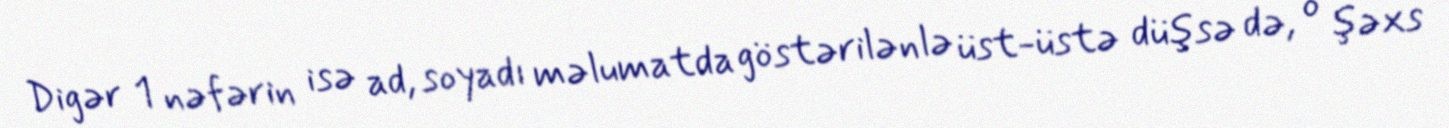
Digər 1 nəfərin isə ad, soyadı məlumatda göstərilənlə üst-üstə düşsə də, o şəxs